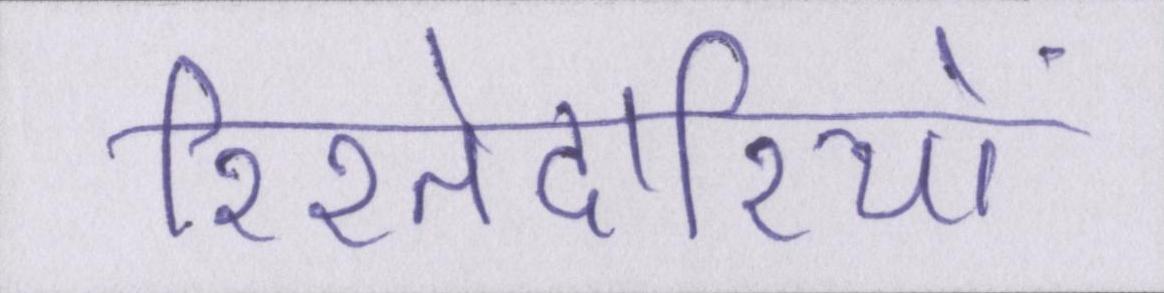
रिश्तेदारियों